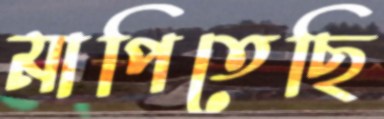
মাপিতেছি